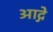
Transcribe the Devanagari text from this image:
आद्गे